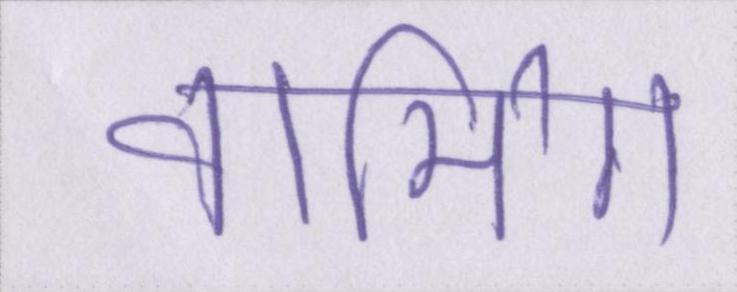
वार्मिग